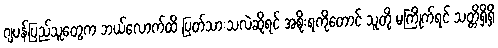
ဂျပန်ပြည်သူတွေက ဘယ်လောက်ထိ ပြတ်သားသလဲဆိုရင် အစိုးရကိုတောင် သူတို့ မကြိုက်ရင် သတ္တိရှိရှိ